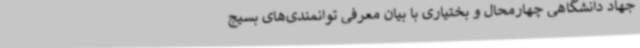
جهاد دانشگاهی چهارمحال و بختیاری با بیان معرفی توانمندی‌های بسیج